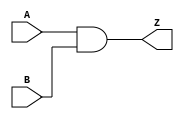
`timescale 1ns / 1ps
`default_nettype none
//////////////////////////////////////////////////////////////////////////////////
// 
// Module Name:    alu_and 
// Description: 
//
//////////////////////////////////////////////////////////////////////////////////
module alu_and(A, B, Z);
	// parameter definitions
	parameter N = 8;

	//port definitions
	input wire [N-1:0] A, B;
	output wire [N-1:0] Z;

	// instantiate module's hardware
	assign Z = A & B;
endmodule
`default_nettype wire